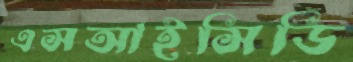
এসআইসিডি